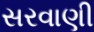
સરવાણી